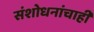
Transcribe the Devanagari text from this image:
संशोधनांचाही